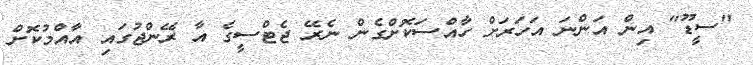
"ސީޑޫ" އިން އަންނަ އަހަރަށް ހާއްސަކޮށްގެން ނެރޭ ޖެޓްސީގެ އާ ރޭންޖުގައި އާއްމުކޮށް